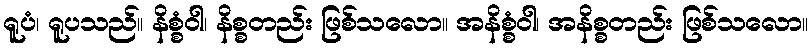
ရူပံ၊ ရူပသည်။ နိစ္စံဝါ၊ နိစ္စတည်း ဖြစ်သလော။ အနိစ္စံဝါ၊ အနိစ္စတည်း ဖြစ်သလော။